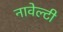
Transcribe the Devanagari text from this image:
नावेल्टी